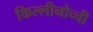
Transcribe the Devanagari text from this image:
किल्लीनोच्ची